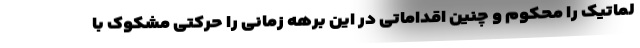
لماتیک را محکوم و چنین اقداماتی در این برهه زمانی را حرکتی مشکوک با